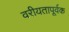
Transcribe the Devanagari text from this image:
वरीयतापूर्वक